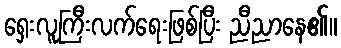
ရှေးလူကြီးလက်ရေးဖြစ်ပြီး ညီညာနေ၏။